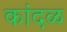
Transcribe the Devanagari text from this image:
कांदळ